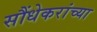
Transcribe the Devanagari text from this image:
सौंधेकरांच्या